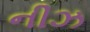
નીઝ